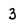
Character: 3